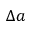
\Delta a